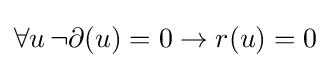
\forall u\,\lnot \partial (u)=0\rightarrow r(u)=0